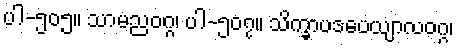
ပါ-၅၀၅။ သာမညဝဂ္ဂ၊ ပါ-၅၀၇။ သိက္ခာပဒပေယျာလဝဂ္ဂ၊